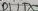
Text: D1